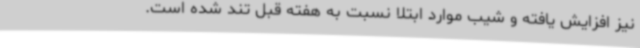
نیز افزایش یافته و شیب موارد ابتلا نسبت به هفته قبل تند شده است.